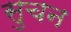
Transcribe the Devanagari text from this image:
सुचन